Indian Civil Veterinary Department memoirs
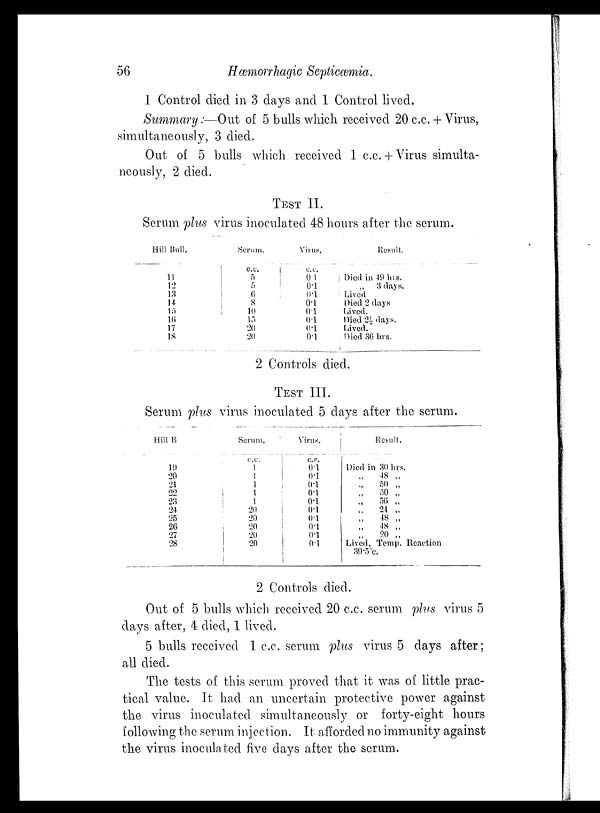
56
Hæmorrhagic Septicæmia.
1 Control died in 3 days and 1 Control lived.
Summary :—Out of 5 bulls which received 20 c.c. + Virus,
simultaneously, 3 died.
Out of 5 bulls which received 1 c.c. + Virus simulta-
neously, 2 died.
TEST II.
Serum plus virus inoculated 48 hours after the serum.
Hill Bull.
11
12
13
14
15
16
17
18
Serum.
c.c.
5
5
6
8
10
15
20
20
Virus.
c.c.
0.1
0.1
0.1
0.1
0.1
0.1
0.1
0.1
Result.
Died in 49 hrs.
„ 3 days.
Lived
Died 2 days
Lived.
Died 2½ days.
Lived.
Died 36 hrs.
2 Controls died.
TEST III.
Serum plus virus inoculated 5 days after the serum.
Hill B
19
20
21
22
23
24
25
26
27
28
Serum.
c.c.
1
1
1
1
1
20
20
20
20
20
Virus.
c.c.
0.1
0.1
0.1
0.1
0.1
0.1
0.1
0.1
0.1
0.1
Result.
Died in 30 hrs.
„ 48 „
„ 50 „
„ 50 „
„ 56 „
„ 24 „
„ 48 „
„ 48 „
„ 20 „
Lived. Temp. Reaction
39.5°c.
2 Controls died.
Out of 5 bulls which received 20 c.c. serum plus virus 5
days after, 4 died, 1 lived.
5 bulls received 1 c.c. serum plus virus 5 days after;
all died.
The tests of this serum proved that it was of little prac-
tical value. It had an uncertain protective power against
the virus inoculated simultaneously or forty-eight hours
following the serum injection. It afforded no immunity against
the virus inoculated five days after the serum.